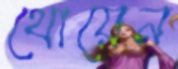
থোয়েন